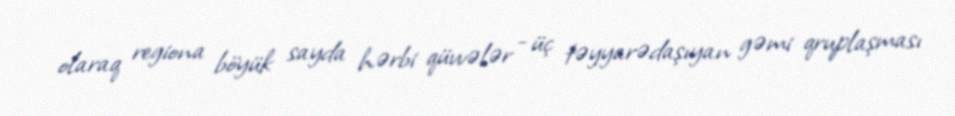
olaraq regiona böyük sayda hərbi qüvvələr - üç təyyarədaşıyan gəmi qruplaşması